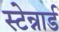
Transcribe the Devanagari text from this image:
स्टेन्नार्ड